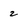
Character: z